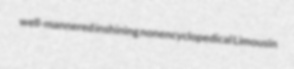
well-mannered inshining nonencyclopedical Limousin